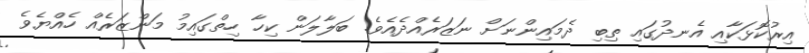
އިރުކޮޅަކާއި އެނދުގައި ތިބި ދެމައިންނަށް ނަޒަރެއްދެއެވެ. ބަލާލަން ކިހާ ހިތްގައިމު މަންޒަރެއް ހެއްޔެވެ